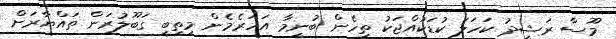
މޫސާ ރަޝީދު ކަހަލަ ކުޑަކުއްޖަކު ތިހެން ބުނީމާ އަހަރެމެން މިތިބީ ގަބޫލުރަން ތައްޔާރަށް